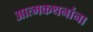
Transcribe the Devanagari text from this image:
आत्मकथनांना